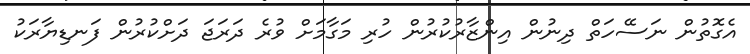
އެގޮތުން ނަސޭހަތް ދިނުން އިންޒާރުކުރުން ހުރި މަގާމަށް ވުރެ ދަރަޖަ ދަށްކުރުން ފަނޑިޔާރަކު